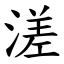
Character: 溠